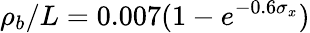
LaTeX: \rho_{b}/L=0.007(1-e^{-0.6\sigma_{x}})